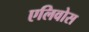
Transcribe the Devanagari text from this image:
एलिवोस